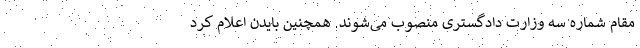
مقام شماره سه وزارت دادگستری منصوب می‌شوند. همچنین بایدن اعلام کرد